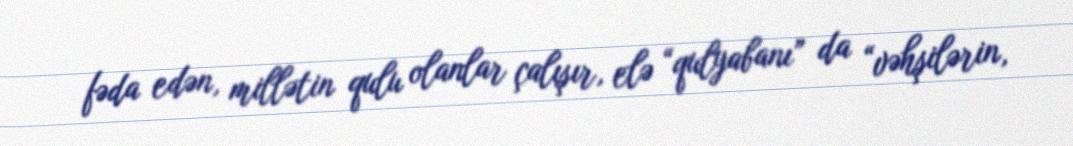
fəda edən, millətin qulu olanlar çalışır, elə “qulyabanı” da “vəhşilərin,